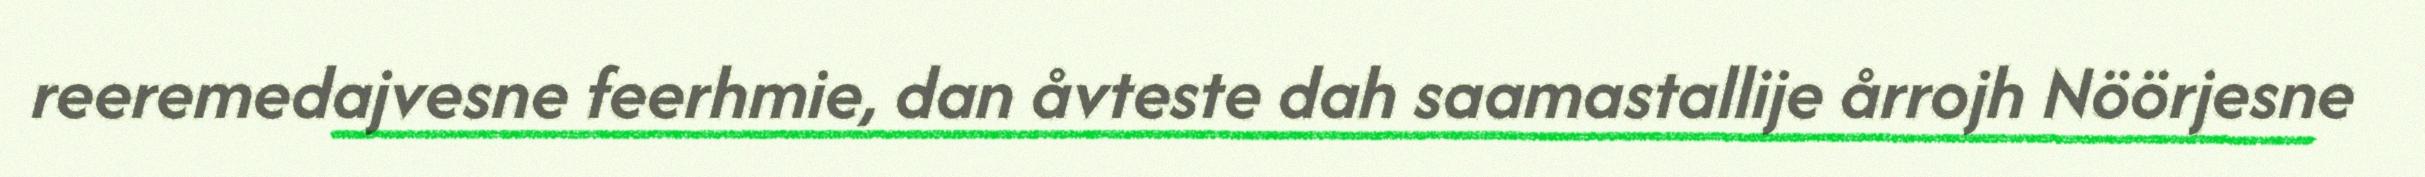
reeremedajvesne feerhmie, dan åvteste dah saamastallije årrojh Nöörjesne